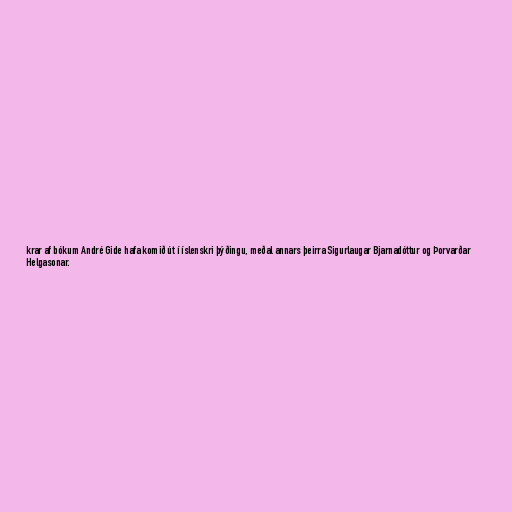
krar af bókum André Gide hafa komið út í íslenskri þýðingu, meðal annars þeirra Sigurlaugar Bjarnadóttur og Þorvarðar
Helgasonar.